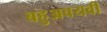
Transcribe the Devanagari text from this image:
बहुअवयवी